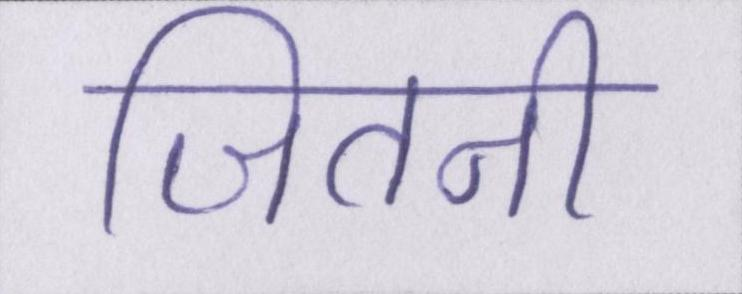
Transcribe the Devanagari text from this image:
जितनी